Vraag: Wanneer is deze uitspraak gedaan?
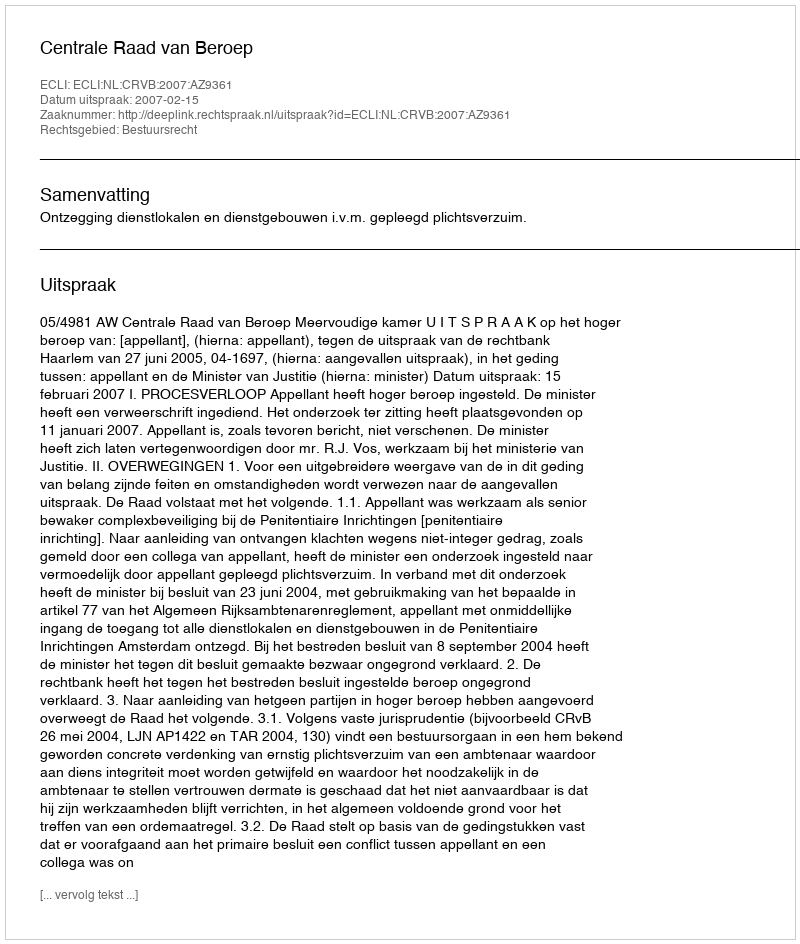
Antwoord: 2007-02-15